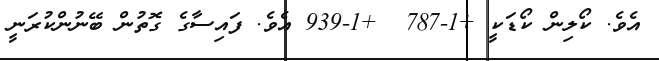
އެވެ. ކޯލިން ކޯޑަކީ +1-787  +1-939 އެވެ. ފައިސާގެ ގޮތުން ބޭނުންކުރަނީ